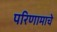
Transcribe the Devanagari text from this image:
परिणामाचे